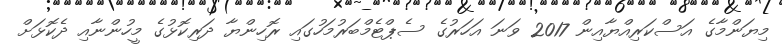
މިޔަންމާގެ އަސްކަރިއްޔާއިން 2017 ވަނަ އަހަރުގެ ސެޕްޓެމްބަރުމަހުގައި ރޮހިންޔާ ދަރިކޮޅުގެ މީހުންނާއި ދެކޮޅަށް